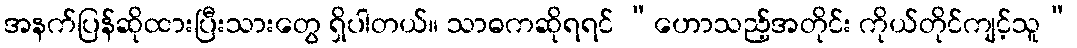
အနက်ပြန်ဆိုထားပြီးသားတွေ ရှိပါတယ်။ သာဓကဆိုရရင် “ဟောသည့်အတိုင်း ကိုယ်တိုင်ကျင့်သူ”